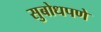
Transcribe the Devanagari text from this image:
सुबोधपणे